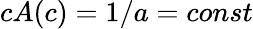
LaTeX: cA(c)=1/a=const